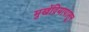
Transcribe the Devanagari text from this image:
मुखेंद्रियापासून